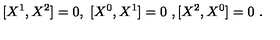
[ X ^ { 1 } , X ^ { 2 } ] = 0 , \ [ X ^ { 0 } , X ^ { 1 } ] = 0 \ , [ X ^ { 2 } , X ^ { 0 } ] = 0 \ .